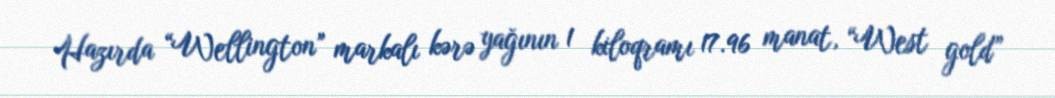
Hazırda “Wellington” markalı kərə yağının 1 kiloqramı 17.96 manat, “West gold”